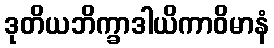
ဒုတိယဘိက္ခာဒါယိကာဝိမာနံ